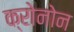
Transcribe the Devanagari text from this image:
क्रोनोन